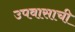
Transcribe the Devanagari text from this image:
उपवासाची